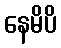
နေမိပိ